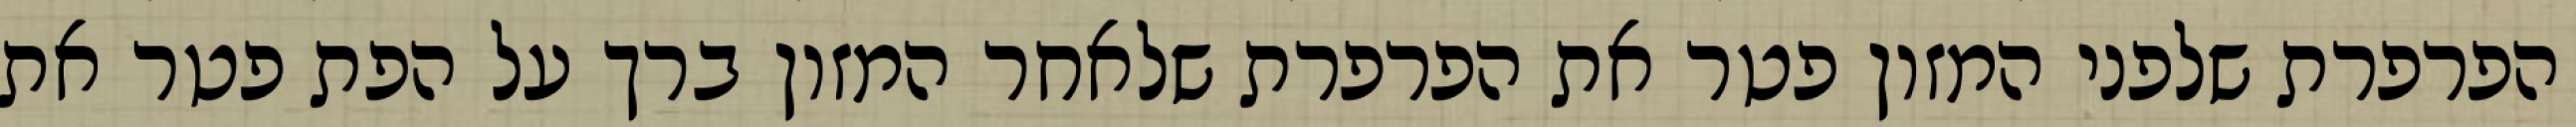
הפרפרת שלפני המזון פטר את הפרפרת שלאחר המזון ברך על הפת פטר את